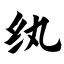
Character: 纨